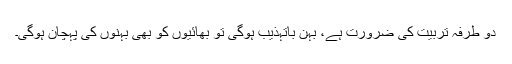
دو طرفہ تربیت کی ضرورت ہے، بہن باتہذیب ہوگی تو بھائیوں کو بھی بہنوں کی پہچان ہوگی۔